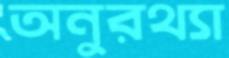
অনুরথ্যা